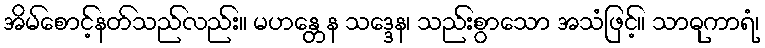
အိမ်စောင့်နတ်သည်လည်း။ မဟန္တေန သဒ္ဒေန၊ သည်းစွာသော အသံဖြင့်။ သာဓုကာရံ၊